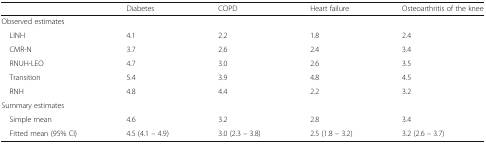
|  | Diabetes | COPD | Heart failure | Osteoarthritis of the knee |
 | --- | --- | --- | --- | --- |
 | <COLSPAN=5> Observed estimates |
 | LINH | 4.1 | 2.2 | 1.8 | 2.4 |
 | CMR-N | 3.7 | 2.6 | 2.4 | 3.4 |
 | RNUH-LEO | 4.7 | 3.0 | 2.6 | 3.5 |
 | Transition | 5.4 | 3.9 | 4.8 | 4.5 |
 | RNH | 4.8 | 4.4 | 2.2 | 3.2 |
 | <COLSPAN=5> Summary estimates |
 | Simple mean | 4.6 | 3.2 | 2.8 | 3.4 |
 | Fitted mean (95% CI) | 4.5 (4.1 – 4.9) | 3.0 (2.3 – 3.8) | 2.5 (1.8 – 3.2) | 3.2 (2.6 – 3.7) |